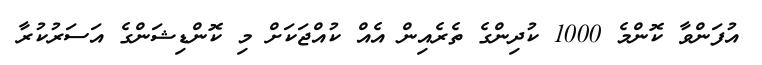
އުފަންވާ ކޮންމެ 1000 ކުދިންގެ ތެރެއިން އެއް ކުއްޖަކަށް މި ކޮންޑިޝަންގެ އަސަރުކުރާ